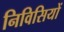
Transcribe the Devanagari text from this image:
निविसियों